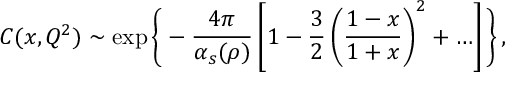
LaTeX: C ( x , Q ^ { 2 } ) \sim \exp \Bigg \{ - \frac { 4 \pi } { \alpha _ { s } ( \rho ) } \left[ 1 - \frac { 3 } { 2 } \left( \frac { 1 - x } { 1 + x } \right) ^ { 2 } + \ldots \right] \Bigg \} \, ,